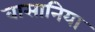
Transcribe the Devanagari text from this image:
वासानिया